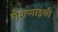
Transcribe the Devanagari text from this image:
रोशणाइची